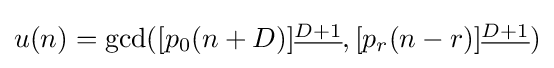
{\textstyle u(n)=\gcd([p_{0}(n+D)]^{\underline {D+1}},[p_{r}(n-r)]^{\underline {D+1}})}